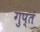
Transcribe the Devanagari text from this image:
गुप्तं